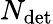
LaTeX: N_{\mathrm{det}}